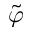
\tilde { \varphi }